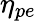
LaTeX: \eta_{pe}